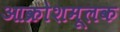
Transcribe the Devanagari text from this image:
आक्रोशमूलक